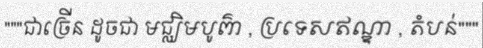
"""ជាច្រើន ដូចជា មជ្ឈិមបូព៌ា , ប្រទេសឥណ្ឌា , តំបន់"""